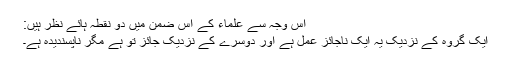
اس وجہ سے علماء کے اس ضمن میں دو نقطہ ہائے نظر ہیں:
ایک گروہ کے نزدیک یہ ایک ناجائز عمل ہے اور دوسرے کے نزدیک جائز تو ہے مگر ناپسندیدہ ہے۔